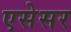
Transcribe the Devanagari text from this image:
एसेसर